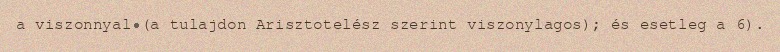
a viszonnyal (a tulajdon Arisztotelész szerint viszonylagos); és esetleg a 6).